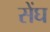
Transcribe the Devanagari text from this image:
सेंघ